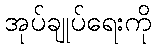
အုပ်ချုပ်ရေးကို